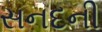
સનદની